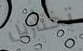
تختارين